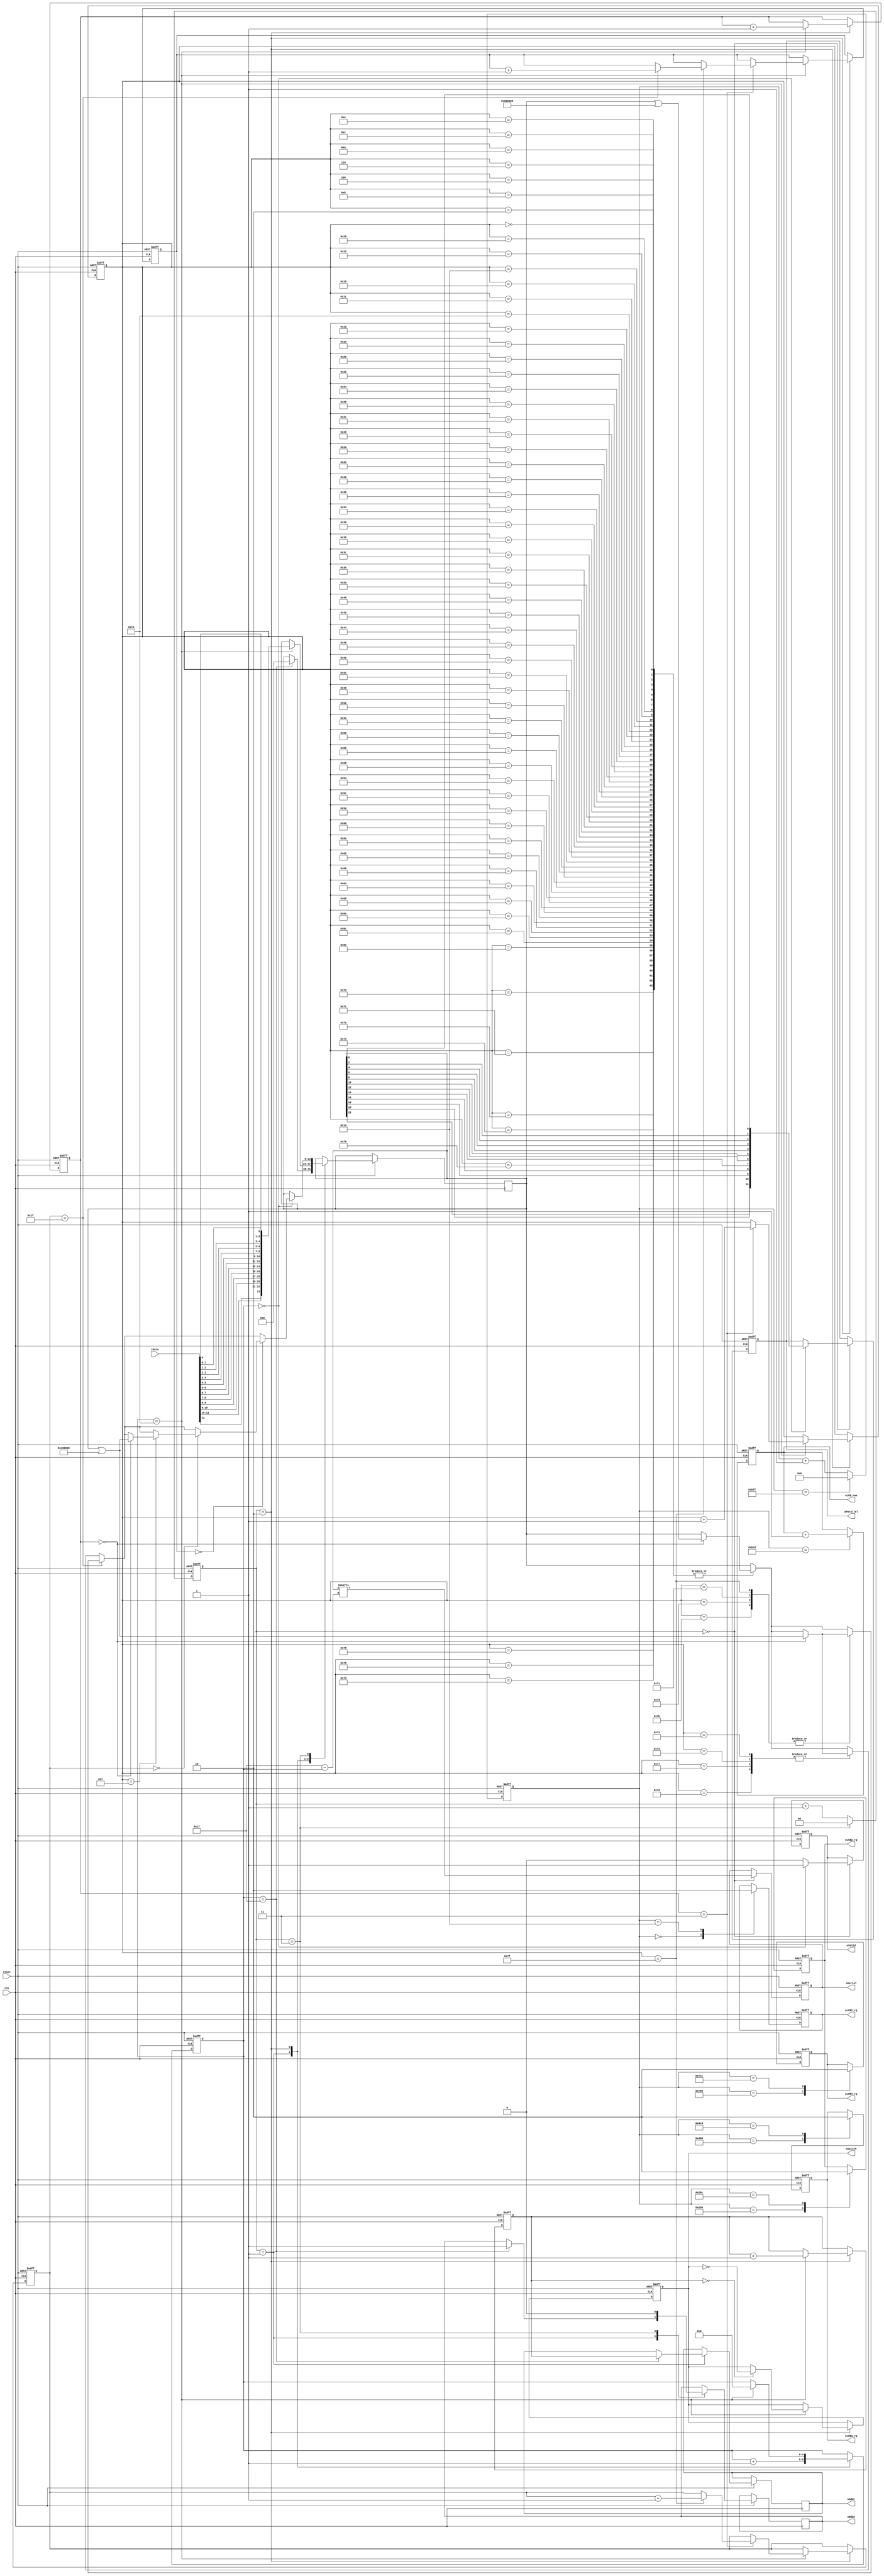
module M4(
/*???????? ?????????, ???????????? ? ?????????? ??????*/
	input reset,
	input clk,										// 12'582'912 * 2
	input [11:0]iData,
/*?????????? ??????? ? ??????????? (?????? ?8)*/
	output reg oSwitch,
	output reg oRdEn,
	output reg [8:0]oAddr,
/*????? ???????????????? ????? ?????? ?8 ? ???????????????? ? ???????????? ?????*/	
	output reg oSerial,
	output reg [11:0]oParallel,
	output reg oValid,
/*??????? ???????? ??? ???*/	
	output reg oLCB1_rq,
	output reg oLCB2_rq,
	output reg oLCB3_rq,
	output reg oLCB4_rq,
	output reg [4:0]oLCB_num
);

reg [23:0]outWrd;
reg [1:0]cntDiv;
reg [4:0]cntBit;
reg [1:0]cntWrd;
reg [6:0]cntPhr;
reg [4:0]cntGrp;
reg [8:0]cntMem;
reg [1:0]cntCcl;
wire [23:0]iDoubled;
reg [3:0]cnt1Sec;
reg [3:0]cnt10Sec;
reg [3:0]cnt100Sec;
reg [3:0]cnt1000Sec;
reg [11:0]cntLCBrq;
wire [11:0]oSingled;

assign iDoubled = {iData[11],iData[11],iData[10],iData[10],iData[9],iData[9],iData[8],iData[8],iData[7],iData[7],iData[6],iData[6],iData[5],iData[5],iData[4],iData[4],iData[3],iData[3],iData[2],iData[2],iData[1],iData[1],iData[0],iData[0]};
assign oSingled = {outWrd[22], outWrd[20], outWrd[18], outWrd[16], outWrd[14], outWrd[12], outWrd[10], outWrd[8], outWrd[6], outWrd[4], outWrd[2], outWrd[0]};

always@(posedge clk or negedge reset) begin



if (~reset) begin // initial
	cntDiv <= 1;
	cntBit <= 0;
	cntWrd <= 0;
	cntPhr <= 0;
	cntGrp <= 0;
	cntMem <= 1;
	cntCcl <= 0;
	cnt1Sec <= 0;
	cnt10Sec <= 0;
	cnt100Sec <= 0;
	cnt1000Sec <= 0;
	cntLCBrq <= 0;
	oLCB_num <= 0;
	oLCB1_rq <= 0;
	oLCB2_rq <= 0;
	oLCB3_rq <= 0;
	oLCB4_rq <= 0;
	oSwitch <= 0;
	oParallel <= 0;
	oSerial <= 0;
	oValid <= 0;
end else begin	// main
	cntDiv <= cntDiv + 1'b1;
	case (cntDiv)									// ???? ? ?????????
		0: 	begin
			oSerial <= outWrd[(23-cntBit)];			// set out digit
			if (cntBit == 0) begin
				oParallel <= oSingled;
				oValid <= 1;
			end else oValid <= 0;
		end
		1:	begin
			if (cntBit == 23) begin					// on last bit
				oAddr <= cntMem;
				oRdEn <= 1;							// prepare to read next word
				outWrd <= 24'd0;					// clear the word
			end
			cntBit <= cntBit + 1'b1;				// count to next bit
		end
		2:	if (cntBit == 24) begin					// on last bit of word
				cntBit <= 0;						// reset the bit counter
				outWrd <= iDoubled;					// change the word
			
								/*count address for reading*/
				if (cntMem == 0) begin oSwitch <= ~oSwitch; end 
				cntMem <= cntMem + 1'b1;			// count 1024 words of memory
				
								/*count all markers*/
				cntWrd <= cntWrd + 1'b1;
				if (cntWrd == 3) begin		// 8 ???? = 1 ?????
					cntPhr <= cntPhr + 1'b1;
					if (cntPhr == 127) begin		// 128 ???? = 1 ??????
						cntGrp <= cntGrp + 1'b1;
						if (cntGrp == 31) begin		// 32 ?????? = 1 ????
							cntCcl <= cntCcl + 1'b1;
							if (cntCcl == 3) begin		// 4 ????? = 1 ???? = 1 ???????
								cnt1Sec <= cnt1Sec + 1'b1;
								if (cnt1Sec == 9) begin		// ??????? ??????? ??????
									cnt1Sec <= 0;
									if (cnt10Sec == 9) begin	// ??????? ????? ??????
										cnt10Sec <= 0;
										if (cnt100Sec == 9) begin		// ??????? ?????? ??????
											cnt100Sec <= 0;
											if (cnt1000Sec == 9) begin
												cnt1000Sec <= 0; 
											end else begin cnt1000Sec <= cnt1000Sec + 1'b1; end
										end else begin cnt100Sec <= cnt100Sec + 1'b1; end
									end else begin cnt10Sec <= cnt10Sec + 1'b1; end
								end 
							end 
						end 
					end 
				end 
			end
		3: begin
			oRdEn <= 0;
								/*all marker conditions here*/
			if (cntBit == 0) begin					
				case (cntPhr)							// ??????? ?????
					0,2,4,6,8,10,12,14,16,18,20,22,24,26,28,30,32,34,36,38,40,42,44,46,48,50,52,54,56,58,60,62,64,66,68,70,72,74,76,78,80,82,84,86,88,90,92,94,96,98,100,102,104,106,108,110,112,114,116,118,120,122,124,126:
					if (cntWrd == 0) begin outWrd <= (outWrd | 24'b100000000000000000000000); end
				endcase
				case (cntGrp)
					31:	begin							// ?????? ?????

						case (cntPhr)
							113,121,123,127: if (cntWrd == 0) begin outWrd <= (outWrd | 24'b110000000000000000000000); 	end
						endcase
					end
					default: begin						// ??????? ??????
						case (cntPhr)
							115,117,119,125: if (cntWrd == 0) begin outWrd <= (outWrd | 24'b110000000000000000000000); end
						endcase
					end
				endcase
				case (cntCcl)							// ?????? ?????
					0:	if (cntGrp == 0)
							if (cntPhr == 15)
								if (cntWrd == 0) begin outWrd <= (outWrd | 24'b110000000000000000000000); end
				endcase
			end
			cntDiv <= 0;
		end
	endcase

/*LCB request*/
	cntLCBrq <= cntLCBrq + 1'b1;
	case (cntLCBrq)
		0: oLCB1_rq <= 1;
		20: oLCB1_rq <= 0;
		600: oLCB2_rq <= 1;
		620: oLCB2_rq <= 0;
		1200: oLCB3_rq <= 1;
		1220: oLCB3_rq <= 0;
		1800: oLCB4_rq <= 1;
		1820: oLCB4_rq <= 0;
		3021: oLCB_num <= oLCB_num + 1'b1;
		3071: cntLCBrq <= 0;
	endcase


end
end
endmodule